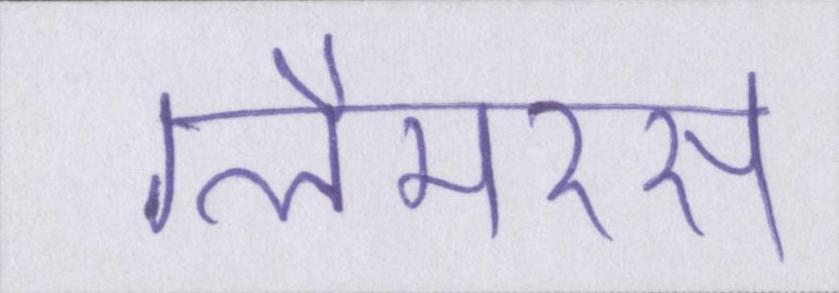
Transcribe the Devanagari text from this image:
ग्लैमरस